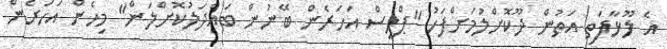
އެ ލޫޅާފަތި އަތުން ދޫކޮށްލުމަށްފަހު ''ޕްލީސް އަހަރެން ބޭނުން ބައްދަލުކޮށްލަން'' މިހެން އަހަރެން